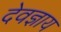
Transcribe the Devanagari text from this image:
देवज्ञाय